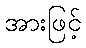
အားဖြင့်